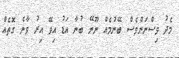
މެދު ވިސްނަންވެސް ބޭނުމެއް ނޫނޭ ބުނާ އަޑު އިވޭ އިރު ވާނެ ގޮތެއް